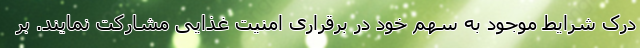
درک شرایط موجود به سهم خود در برقراری امنیت غذایی مشارکت نمایند. بر